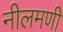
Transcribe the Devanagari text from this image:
नीलमणी